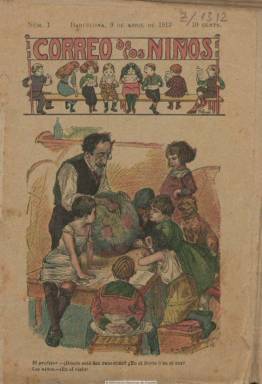
Título: Correo de los niños
Colección: Revistas infantiles
Ámbito geográfico: Barcelona
Lugar de publicación: Barcelona
Fechas: 09/04/1913-07/10/1914

Una de las primeras publicaciones en las que confluyen los contenidos clásicos de la hasta entonces prensa infantil y juvenil y una nueva fórmula de lectura y entretenimiento para este específico público, que se denominará ‘tebeo’ o cómic. Con este título añejo en este tipo de prensa se edita en Barcelona, en cuya ciudad estaba su redacción y administración, hasta un total de 79 entregas semanales de esta cabecera, de 16 páginas cada una, grapadas e impresas casi todas ellas en cuatricomía, desde el nueve de abril de 1913 al siete de octubre de 1914.

Cada número se inicia con las secciones Crónica o Palique, especie de artículo editorial en el que se comentan dispares cuestiones, siendo recurrentes desde el principio las referida al nuevo movimiento juvenil de los exploradores boy scouts, firmadas bajo el seudónimo Pachín, Cuando estalle la primera guerra mundial -que será detonante para la desaparición de la revista-, se hará mención a este conflicto bélico hasta con un texto antimilitarista firmado por J. Vaqué.

Inserta cuentos, fábulas y otras narraciones breves y algunas composiciones en verso, que generalmente carecen de firma o corresponden sólo a iniciales o a algún seudónimo (J.P.S., M.H., S.M.O, Ra-Keta, Benjamín), o bajo los nombres de A. Canalejo y Paquito Baeza López. Otros textos serán de carácter educativo, tanto por su índole divulgativa de conocimientos generales como de costumbres moralizantes. También tiene una sección de pasatiempos, con charadas, etc.

Resalta de la publicación su profusión de chistes, viñetas, tiras cómicas y, en definitiva, historietas humorísticas gráficas, estampadas en cuatricomía, llegándose a utilizar también el color en la composición tipográfica. Se desconoce al autor o autores de la casi totalidad de estas ilustraciones, que más tarde sólo se estamparán a dos tintas y en las últimas entregas sólo a una (negra), y que colocan a este título en la transición hacía una nueva especie de publicación infantil y juvenil ilustrada.